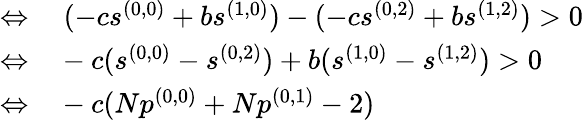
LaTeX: \begin{array}{rl}{\Leftrightarrow}&{{}~(-cs^{(0,0)}+bs^{(1,0)})-(-cs^{(0,2)}+bs^{(1,2)})>0}\\ {\Leftrightarrow}&{{}-c(s^{(0,0)}-s^{(0,2)})+b(s^{(1,0)}-s^{(1,2)})>0}\\ {\Leftrightarrow}&{{}-c(Np^{(0,0)}+Np^{(0,1)}-2)}\end{array}